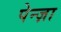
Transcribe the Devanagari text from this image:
पेन्ज़ा